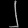
Digit: ၂